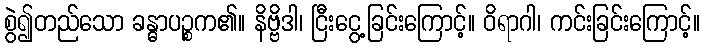
စွဲ၍တည်သော ခန္ဓာပဉ္စက၏။ နိဗ္ဗိဒါ၊ ငြီးငွေ့ခြင်းကြောင့်။ ဝိရာဂါ၊ ကင်းခြင်းကြောင့်။